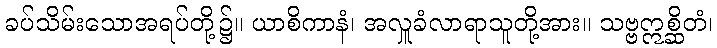
ခပ်သိမ်းသောအရပ်တို့၌။ ယာစိကာနံ၊ အလှူခံလာရာသူတို့အား။ သဗ္ဗဣစ္ဆိတံ၊